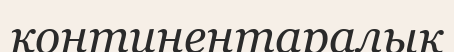
континентаралық